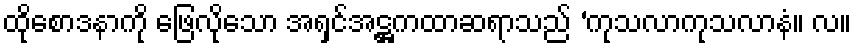
ထိုစောဒနာကို ဖြေလိုသော အရှင်အဋ္ဌကထာဆရာသည် ‘ကုသလာကုသလာနံ။ လ။